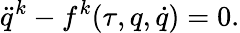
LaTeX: \ddot{q}^{k}-f^{k}(\tau,q,\dot{q})=0.